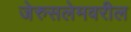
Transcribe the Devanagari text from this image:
जेरुसलेमवरील